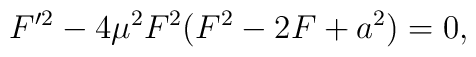
F'^2-4\mu^2F^2(F^2-2F+a^2) = 0,